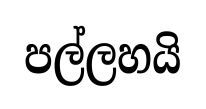
පල්ලහයි